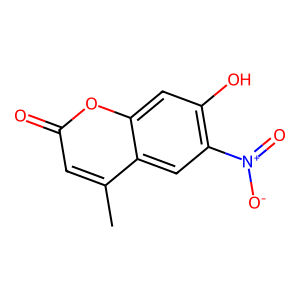
SMILES: Cc1cc(=O)oc2cc(O)c([N+](=O)[O-])cc12
Inhibits HIV replication: No